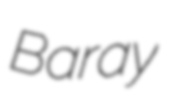
Baray